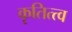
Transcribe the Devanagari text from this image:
कृतित्त्व